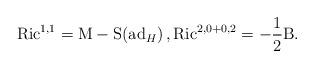
LaTeX: \begin{align*}{\rm Ric}^{1,1}={\rm M}-{\rm S}({\rm ad}_{H})\,,{\rm Ric}^{2,0+0,2}=-\frac12 {\rm B}.\end{align*}